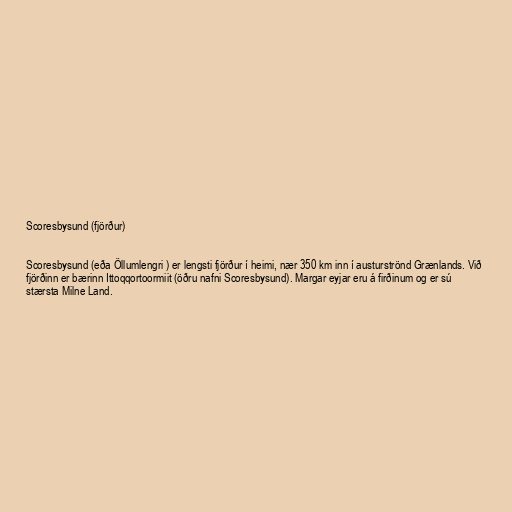
Scoresbysund (fjörður)

Scoresbysund (eða Öllumlengri ) er lengsti fjörður í heimi, nær 350 km inn í austurströnd Grænlands. Við
fjörðinn er bærinn Ittoqqortoormiit (öðru nafni Scoresbysund). Margar eyjar eru á firðinum og er sú
stærsta Milne Land.